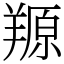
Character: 羱